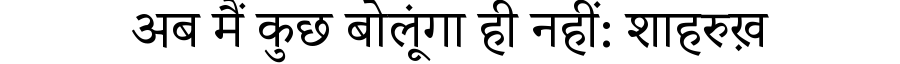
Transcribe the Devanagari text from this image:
अब मैं कुछ बोलूंगा ही नहीं: शाहरुख़